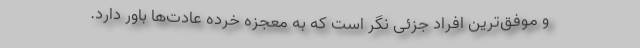
و موفق‌ترین افراد جزئی نگر است که به معجزه خرده عادت‌ها باور دارد.